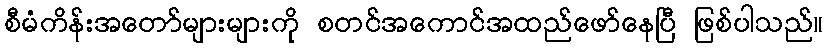
စီမံကိန်းအတော်များများကို စတင်အကောင်အထည်ဖော်နေပြီ ဖြစ်ပါသည်။